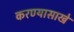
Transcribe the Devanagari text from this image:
करण्यासाखे